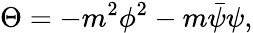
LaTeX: \Theta=-m^{2}\phi^{2}-m\bar{\psi}\psi,